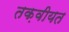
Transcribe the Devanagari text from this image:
तक़वीयत